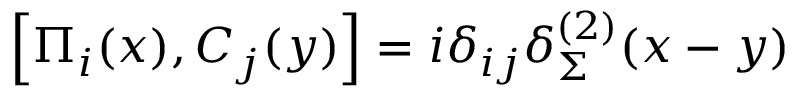
\left[ \Pi _ { i } ( x ) , C _ { j } ( y ) \right] = i \delta _ { i j } \delta _ { \Sigma } ^ { ( 2 ) } ( x - y )